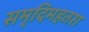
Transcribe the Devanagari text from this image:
समृदिमहतरा